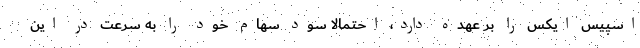
اسپیس ایکس را بر عهده دارد، احتمالا سود سهام خود را به سرعت در این